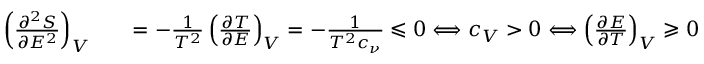
\begin{array} { r l r } { \left( \frac { \partial ^ { 2 } S } { \partial E ^ { 2 } } \right) _ { V } } & { { } } & { = - \frac { 1 } { T ^ { 2 } } \left( \frac { \partial T } { \partial E } \right) _ { V } = - \frac { 1 } { T ^ { 2 } c _ { \nu } } \leqslant 0 \Longleftrightarrow c _ { V } > 0 \Longleftrightarrow \left( \frac { \partial E } { \partial T } \right) _ { V } \geqslant 0 } \end{array}